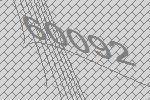
60092